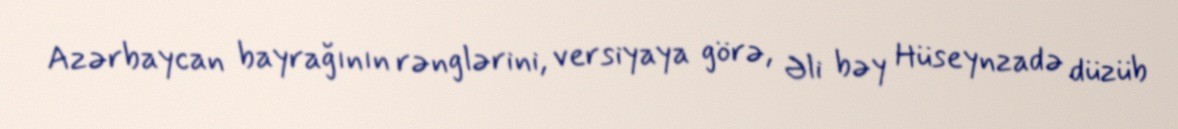
Azərbaycan bayrağının rənglərini, versiyaya görə, Əli bəy Hüseynzadə düzüb